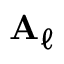
\mathbf { A } _ { \ell }